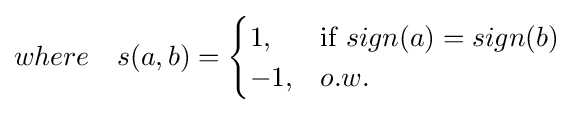
where\quad s(a,b)={\begin{cases}1,&{\text{if }}sign(a)=sign(b)\\-1,&o.w.\end{cases}}